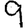
Digit: 9